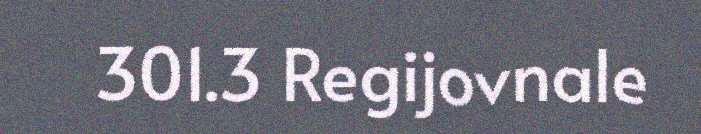
301.3 Regijovnale